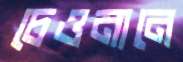
চেওনানে